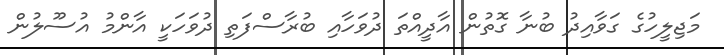
މަޖިލީހުގެ ގަވާއިދު ބުނާ ގޮތުން އާދީއްތަ ދުވަހާއި ބުރާސްފަތި ދުވަހަކީ އާންމު އުސޫލުން